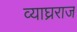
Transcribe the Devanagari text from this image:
व्याघ्रराज